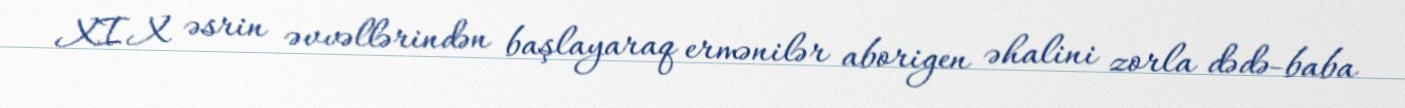
XIX əsrin əvvəllərindən başlayaraq ermənilər aborigen əhalini zorla dədə-baba